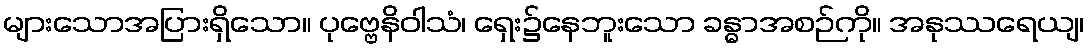
များသောအပြားရှိသော။ ပုဗ္ဗေနိဝါသံ၊ ရှေး၌နေဘူးသော ခန္ဓာအစဉ်ကို။ အနုဿရေယျ၊